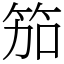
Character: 笳